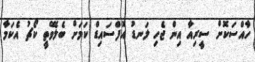
ހާއްސަކޮށް ސީރިއާ އިން ޖެހި ލަނޑު އޮފްސައިޑް ކަމަށް ބެލެވޭތީ ކޯޗު އެކަމާ